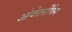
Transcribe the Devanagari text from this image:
ओवेर्स्लोविग